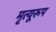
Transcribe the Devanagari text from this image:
मृत्यूरूप